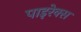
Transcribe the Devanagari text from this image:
पाइरेक्स